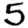
Digit: 5